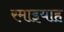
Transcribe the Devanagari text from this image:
रमाइयाह